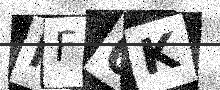
Text: MF0K